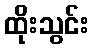
ထိုးသွင်း